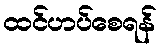
ထင်ဟပ်စေရန်